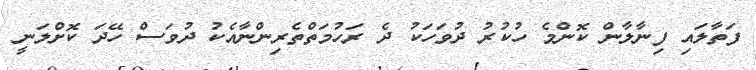
ފަތާލައި ފިނާލާން ކޮންމެ ހުކުރު ދުވަހަކު ދެ ރަހުމަތްތެރިންނާއެކު ދުވަސް ހޭދަ ކޮށްލަނީ